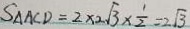
S _ { \Delta A C D } = 2 \times 2 \sqrt { 3 } \times \frac { 1 } { 2 } = 2 \sqrt { 3 }